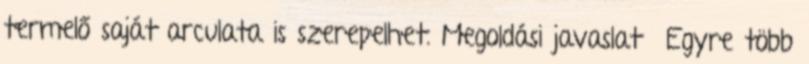
termelő saját arculata is szerepelhet. Megoldási javaslat ▪Egyre több